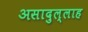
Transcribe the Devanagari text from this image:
असादुल्लाह